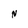
Character: N